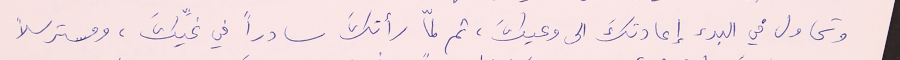
وتحاول في البدء إعادتكَ الى وعيكَ، ثم لمّا رأتكَ سادراً في غيِّكَ، ومسترسلاً